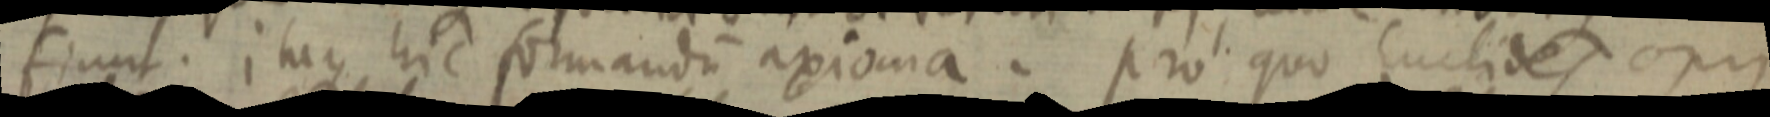
fiunt. itraque, hic formandum axioma. pro quo Euclides opus